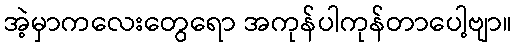
အဲ့မှာကလေးတွေရော အကုန်ပါကုန်တာပေါ့ဗျာ။